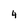
Character: 4